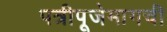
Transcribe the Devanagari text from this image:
पत्रीपूजेमागची